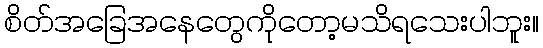
စိတ်အခြေအနေတွေကိုတော့မသိရသေးပါဘူး။